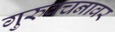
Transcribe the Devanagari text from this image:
गुरुवचनावर